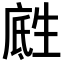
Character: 𪽅